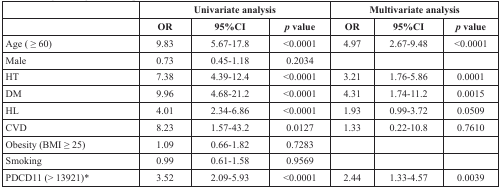
<table><thead><tr><td></td><td colspan="3"><b>Univariate analysis</b></td><td colspan="3"><b>Multivariate analysis</b></td></tr><tr><td></td><td><b>OR</b></td><td><b>95%CI</b></td><td><b><i>p</i> value</b></td><td><b>OR</b></td><td><b>95%CI</b></td><td><b><i>p</i> value</b></td></tr></thead><tbody><tr><td>Age ( ≥ 60)</td><td>9.83</td><td>5.67-17.8</td><td>&lt;0.0001</td><td>4.97</td><td>2.67-9.48</td><td>&lt;0.0001</td></tr><tr><td>Male</td><td>0.73</td><td>0.45-1.18</td><td>0.2034</td><td></td><td></td><td></td></tr><tr><td>HT</td><td>7.38</td><td>4.39-12.4</td><td>&lt;0.0001</td><td>3.21</td><td>1.76-5.86</td><td>0.0001</td></tr><tr><td>DM</td><td>9.96</td><td>4.68-21.2</td><td>&lt;0.0001</td><td>4.31</td><td>1.74-11.2</td><td>0.0015</td></tr><tr><td>HL</td><td>4.01</td><td>2.34-6.86</td><td>&lt;0.0001</td><td>1.93</td><td>0.99-3.72</td><td>0.0509</td></tr><tr><td>CVD</td><td>8.23</td><td>1.57-43.2</td><td>0.0127</td><td>1.33</td><td>0.22-10.8</td><td>0.7610</td></tr><tr><td>Obesity (BMI ≥ 25)</td><td>1.09</td><td>0.66-1.82</td><td>0.7283</td><td></td><td></td><td></td></tr><tr><td>Smoking</td><td>0.99</td><td>0.61-1.58</td><td>0.9569</td><td></td><td></td><td></td></tr><tr><td>PDCD11 (&gt; 13921)*</td><td>3.52</td><td>2.09-5.93</td><td>&lt;0.0001</td><td>2.44</td><td>1.33-4.57</td><td>0.0039</td></tr></tbody></table>